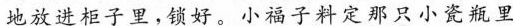
地放进柜子里。锁好。小福子料定那只小瓷瓶里